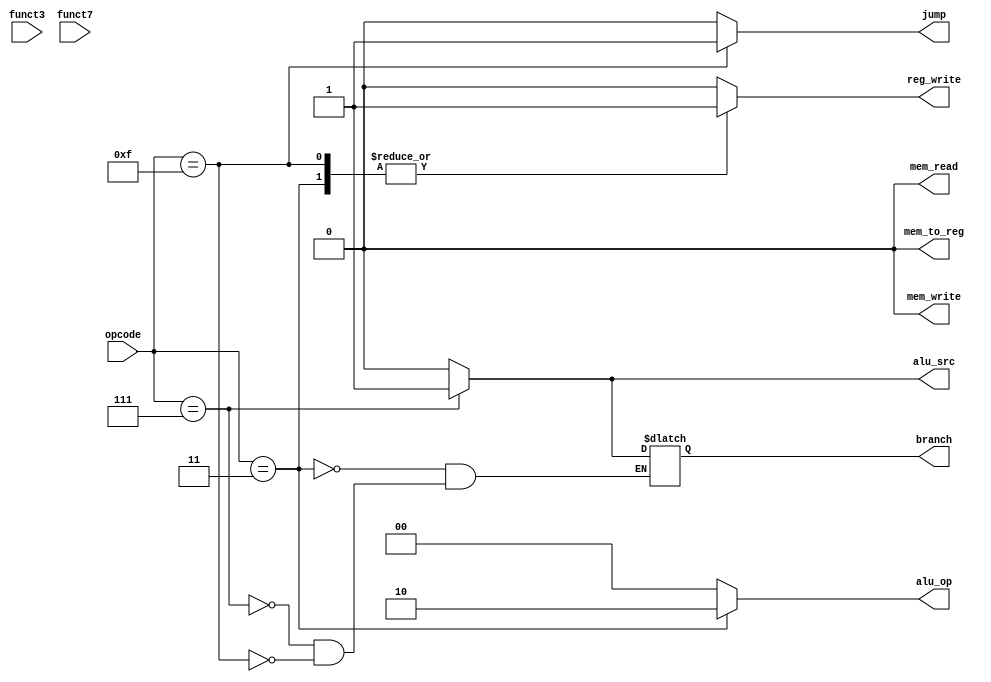
module Control_Unit(
  input [6:0] opcode,
  input [2:0] funct3,
  input [6:0] funct7,

  output [1:0] alu_op,
  output jump,
         branch,
         mem_read,
         mem_write,
         alu_src,
         mem_to_reg,
         reg_write);


always @(*)
begin
  case(opcode) 
    4'b0010011:  // lui
      begin
        alu_src = 1'b0;
        mem_to_reg = 1'b0;
        reg_write = 1'b1;
        mem_read = 1'b0;
        mem_write = 1'b0;
        branch = 1'b0;
        alu_op = 2'b10;
        jump = 1'b0;   
      end
    4'b0010111:  // B-Type
      begin
        alu_src = 1'b1;
        mem_to_reg = 1'b0;
        reg_write = 1'b0;
        mem_read = 1'b0;
        mem_write = 1'b0;
        branch = 1'b1;
        alu_op = 2'b00;
        jump = 1'b0;   
      end
    4'b1101111:  // J-Type
      begin
        alu_src = 1'b0;
        mem_to_reg = 1'b0;
        reg_write = 1'b1;
        mem_read = 1'b0;
        mem_write = 1'b0;
        branch = 1'b0;
        alu_op = 2'b00;
        jump = 1'b1;   
      end
    4'b1100111:  // jalr
      begin
        alu_src = 1'b0;
        mem_to_reg = 1'b0;
        reg_write = 1'b1;
        mem_read = 1'b0;
        mem_write = 1'b0;
        branch = 1'b0;
        alu_op = 2'b00;
        jump = 1'b1;   
      end
    default:
      begin
        reg_write = 1'b0;
        alu_src = 1'b0;
        mem_to_reg = 1'b0;
        reg_write = 1'b0;
        mem_read = 1'b0;
        mem_write = 1'b0;
        beq = 1'b0;
        bne = 1'b0;
        alu_op = 2'b00;
        jump = 1'b0; 
      end
  endcase
end

endmodule